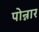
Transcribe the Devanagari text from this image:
पोन्नार